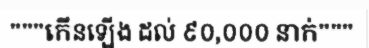
"""កើនឡើង ដល់ ៩០,០០០ នាក់"""